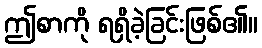
ဤစာကို ရရှိခဲ့ခြင်းဖြစ်၏။